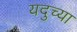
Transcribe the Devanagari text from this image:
यदुच्या